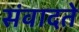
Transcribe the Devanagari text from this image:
संवादते